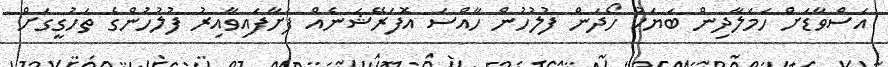
އަސްވާޑަށް ހަމަލާދިން ބަޔަކު ހޯދަން ފުލުހުން ހާއްސަ އޮފަރޭޝަނެއް ފަށާފައިވާއިރު ފުލުހުންގެ ތަހުގީގަށް